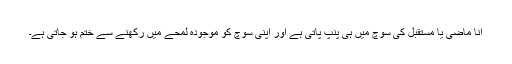
انا ماضی یا مستقبل کی سوچ میں ہی پنپ پاتی ہے اور اپنی سوچ کو موجودہ لمحے میں رکھنے سے ختم ہو جاتی ہے۔